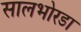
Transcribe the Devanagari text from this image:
सालभोरडा